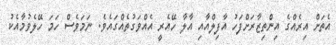
އެތަށް އިރެއްގެ އިންތިޒާރަށްފަހު އާފިލްއާއި އާލާ ހޭއެރީ އެއްވަގުތެއްގައެވެ. ނަމަވެސް ހަމަ ހޭލެވުމާއެކު